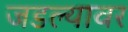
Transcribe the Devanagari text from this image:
जडल्यावर